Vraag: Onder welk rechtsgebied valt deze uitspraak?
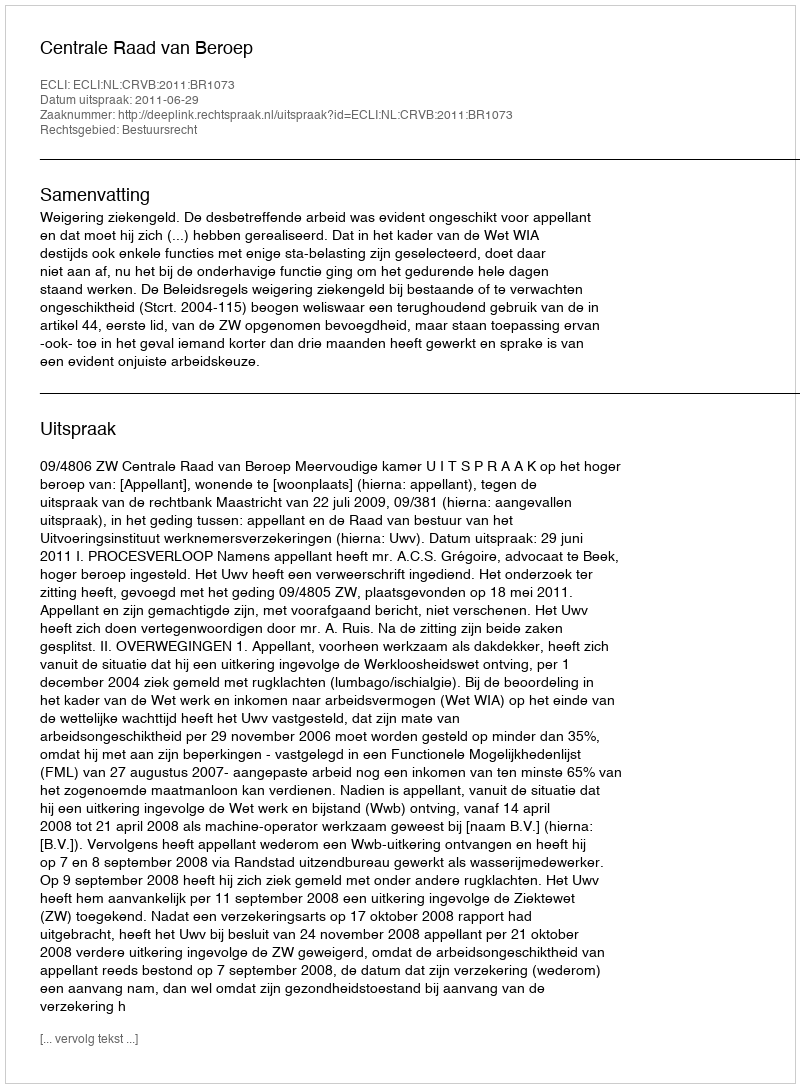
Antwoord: Bestuursrecht